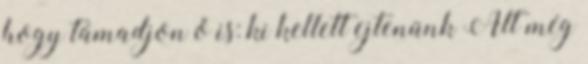
hogy támadjon ő is: ki kellett ejtenünk Alt még